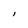
Character: l